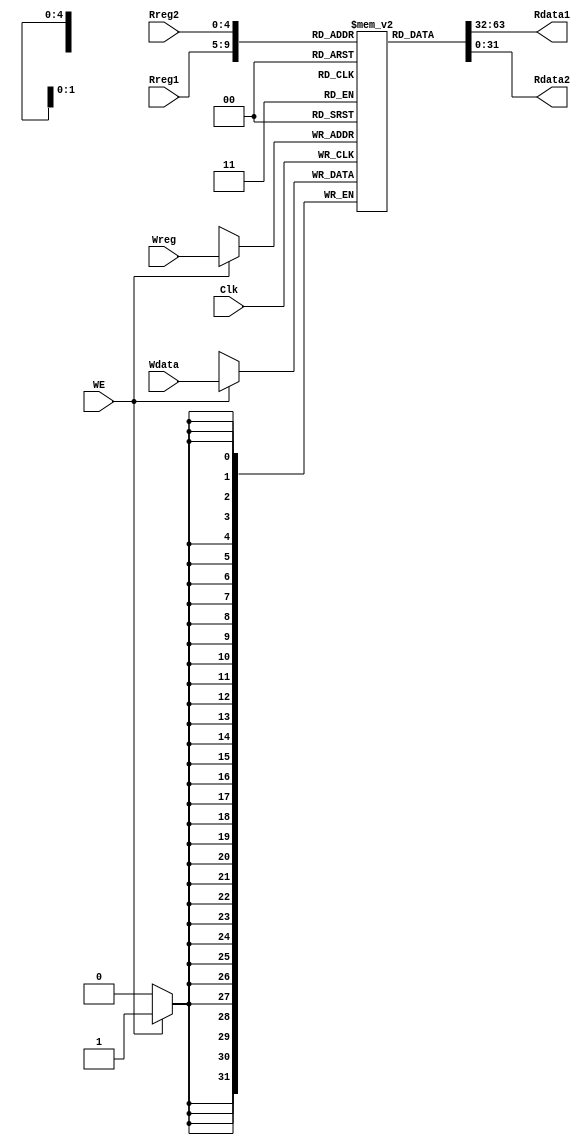
`timescale 1ns / 1ps
//////////////////////////////////////////////////////////////////////////////////
// Company: 
// Engineer: 
// 
// Design Name: 
// Module Name: GPR
// Project Name: 
// Target Devices: 
// Tool Versions: 
// Description: 
// 
// Dependencies: 
// 
// Revision:
// Revision 0.01 - File Created
// Additional Comments:
// 
//////////////////////////////////////////////////////////////////////////////////


module GPR(
    input WE,
    input Clk,
    input [4:0] Rreg1,
    input [4:0] Rreg2,
    input [4:0] Wreg,
    input [31:0] Wdata,
    output [31:0] Rdata1,
    output [31:0] Rdata2
    );
    
    reg [31:0] register [31:0];
    
    assign Rdata1 = register[Rreg1];
    assign Rdata2 = register[Rreg2];
    
    always @(posedge Clk)
        if (WE)
            register[Wreg] = Wdata;
    
    initial
        register[0] = 0;
endmodule